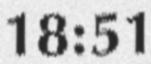
18:51